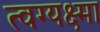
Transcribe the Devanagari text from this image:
त्वग्यक्ष्मा